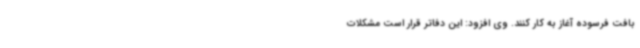
بافت فرسوده آغاز به کار کنند. وی افزود: این دفاتر قرار است مشکلات